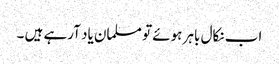
اب نکال باہر ہوئے تو مسلمان یاد آرہے ہیں ۔